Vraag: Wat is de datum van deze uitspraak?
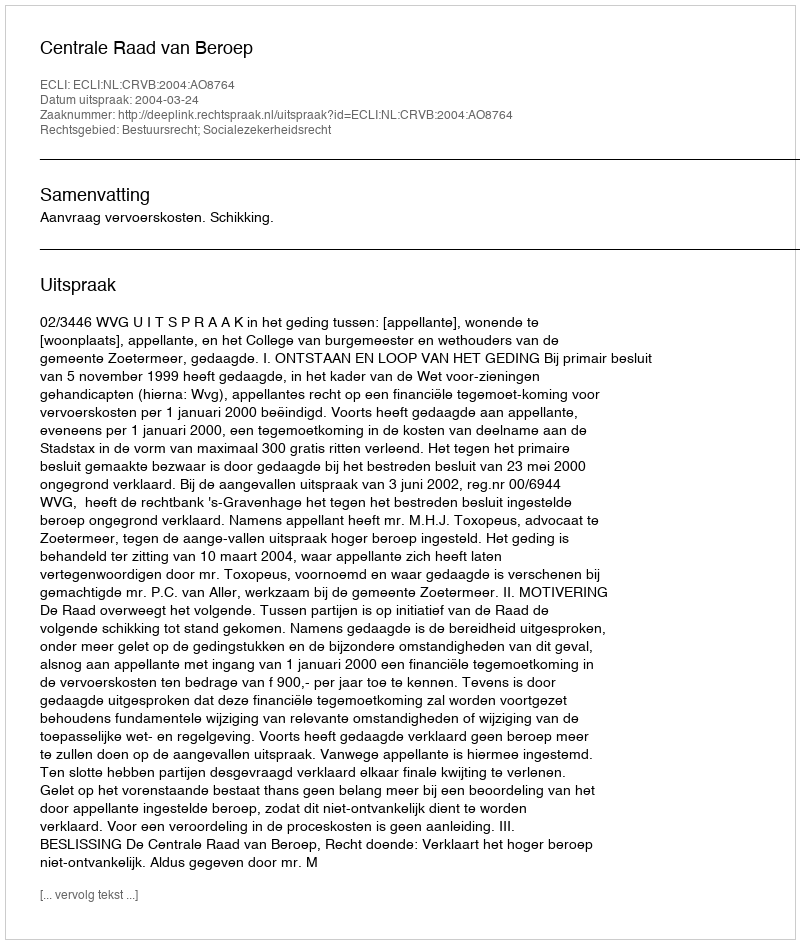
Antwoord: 2004-03-24